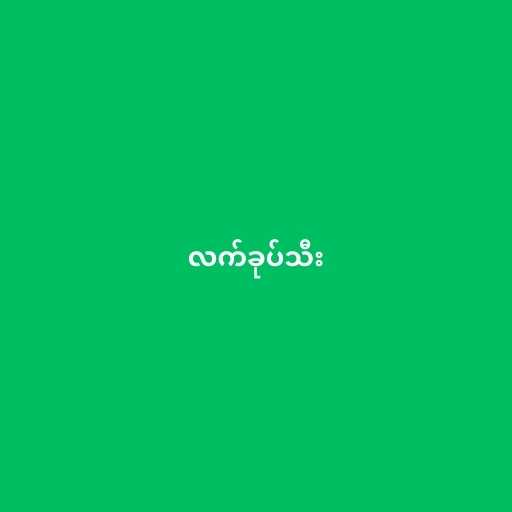
လက်ခုပ်သီး